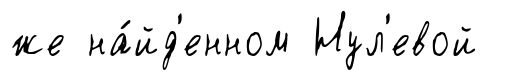
же на́йд'енном Нул'евой